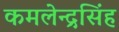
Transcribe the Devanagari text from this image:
कमलेन्द्रसिंह